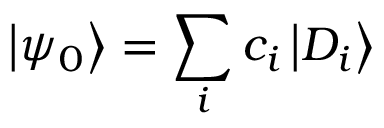
\left| \psi _ { 0 } \right> = \sum _ { i } c _ { i } \left| D _ { i } \right>